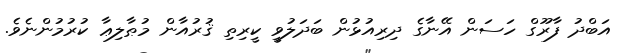
އަބްދު ފާރޫގް ހަސަން އޭނާގެ ދިރިއުޅުން ބަދަލުވީ ކީރިތި ޤުރުއާން މުޠާލިޢާ ކުރުމުންނެވެ.